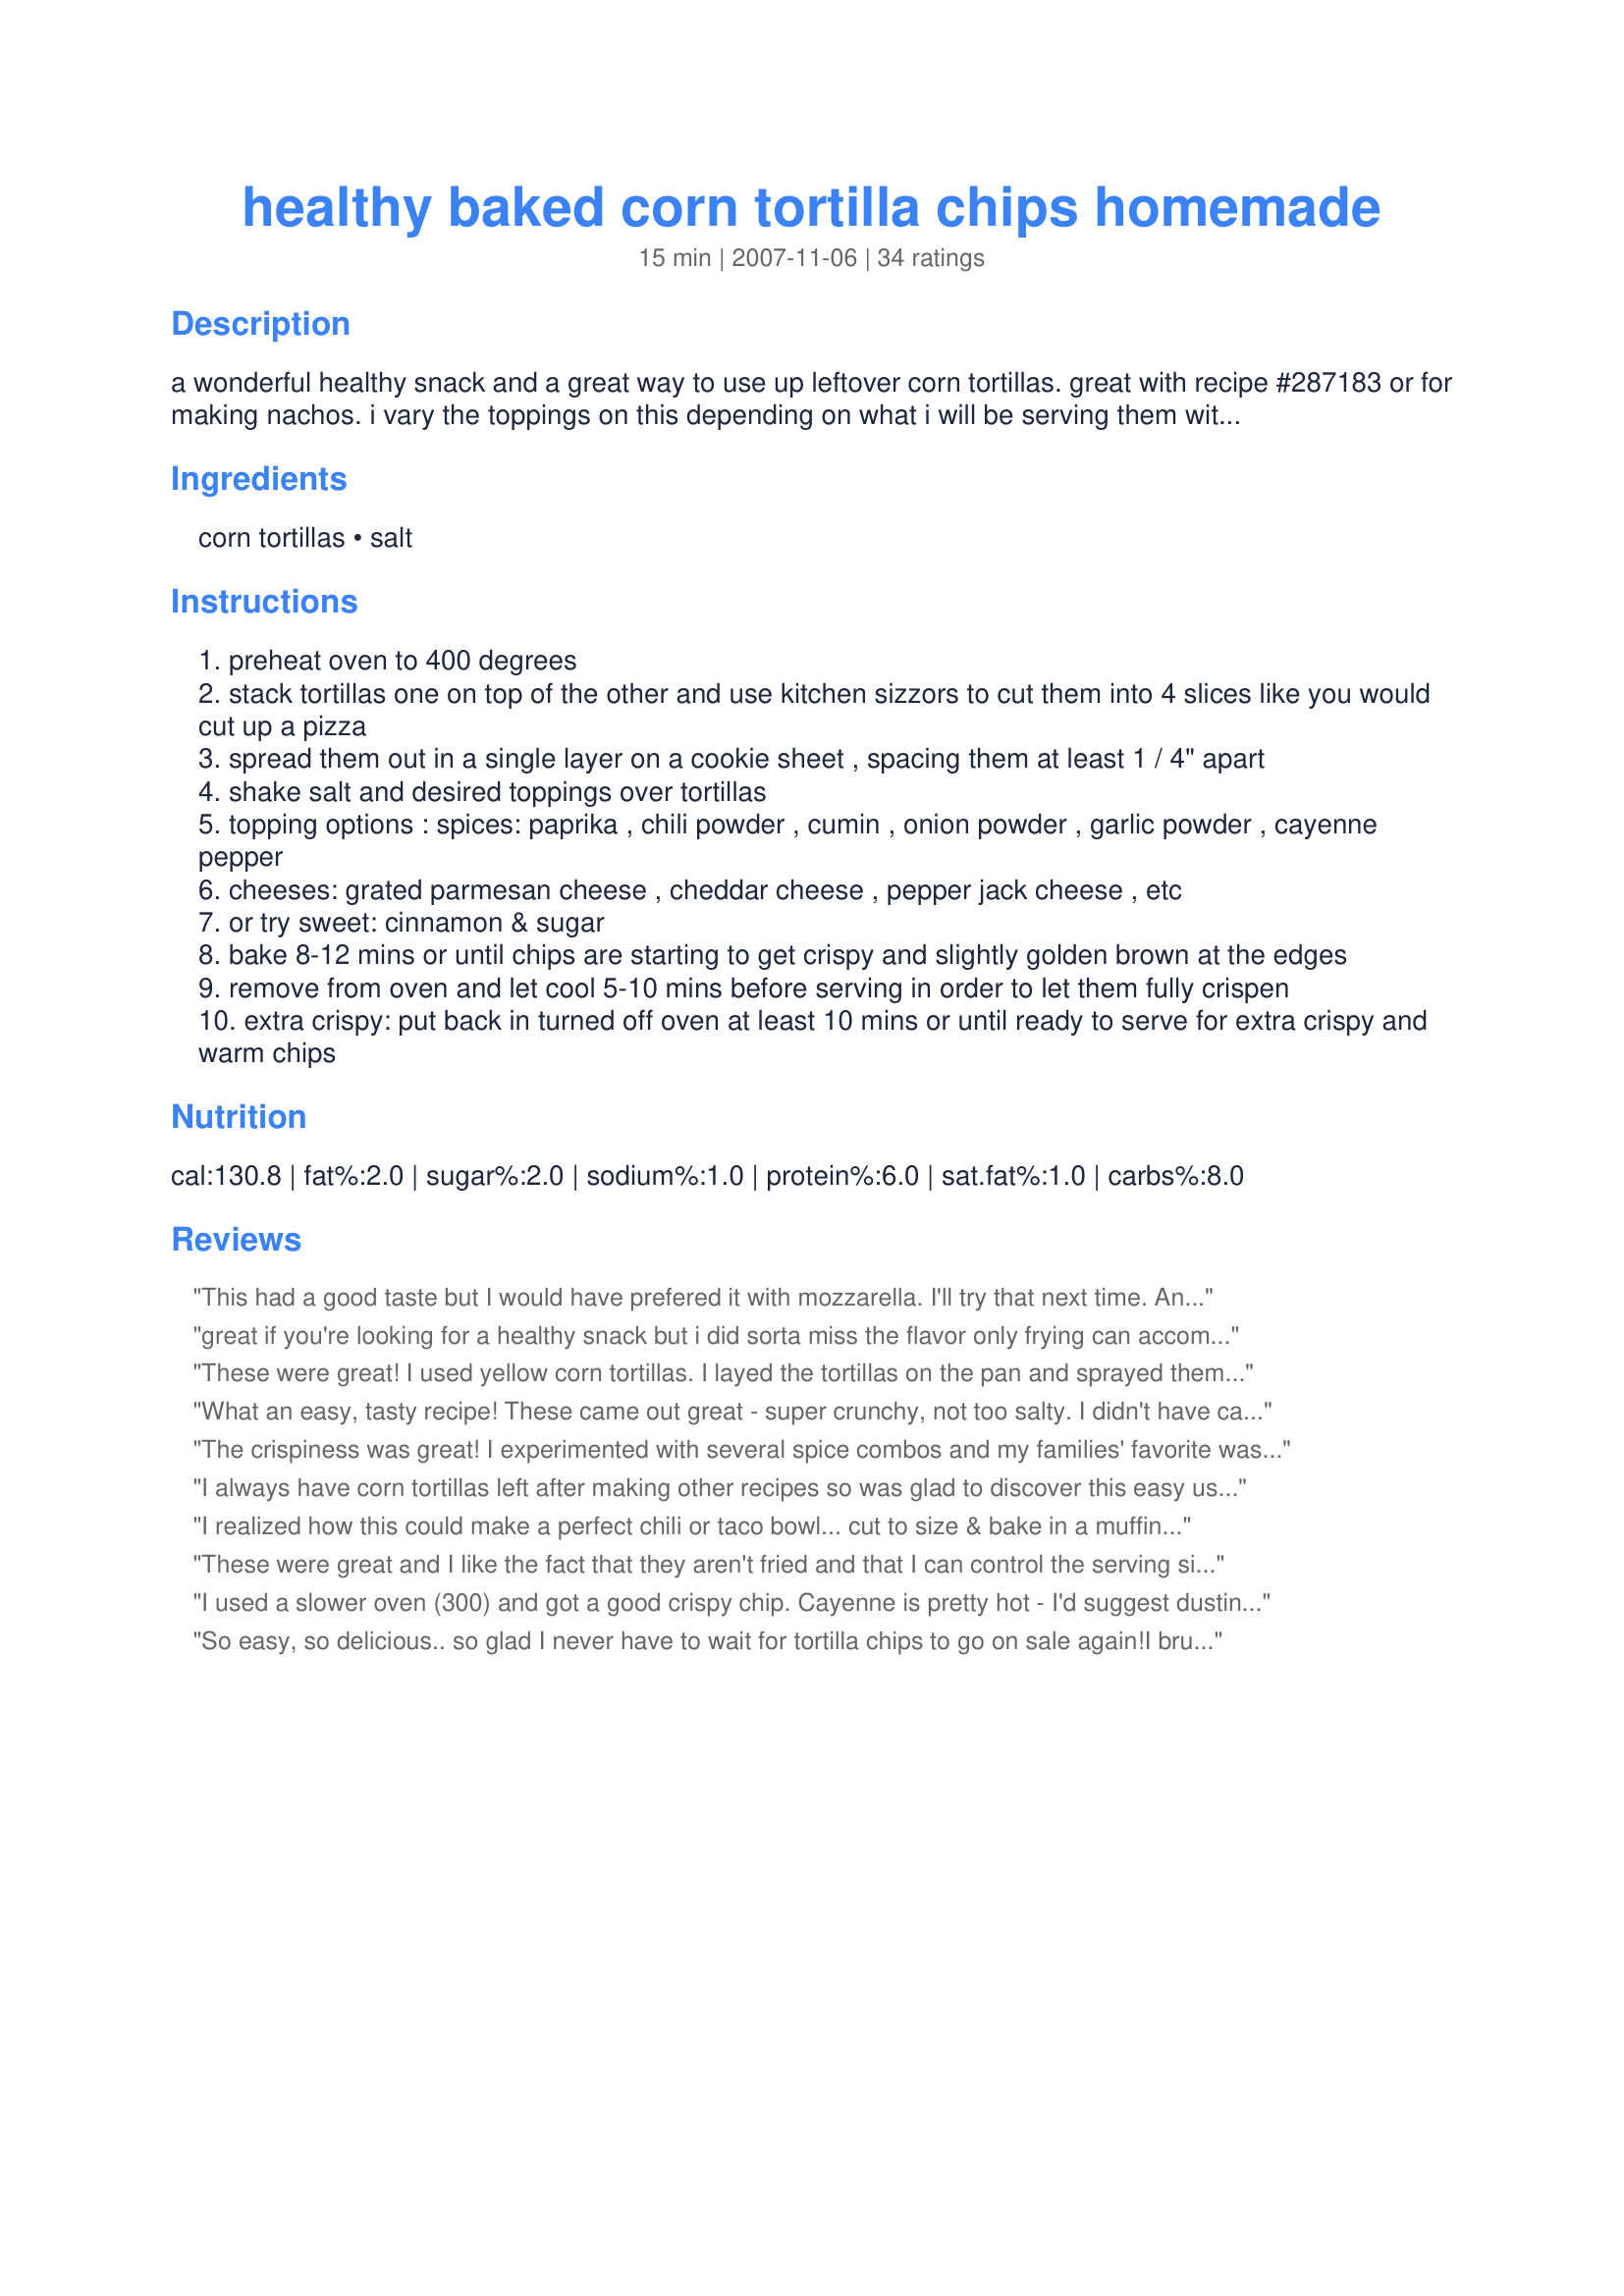
healthy baked corn tortilla chips homemade
Preparation time: 15 minutes

a wonderful healthy snack and a great way to use up leftover corn tortillas. great with recipe #287183 or for making nachos. i vary the toppings on this depending on what i will be serving them with, but lately have just been making them plain. variation: if you need more healthy oils in your diet, brush with olive oil.

Ingredients:
corn tortillas, salt

Steps:
preheat oven to 400 degrees
stack tortillas one on top of the other and use kitchen sizzors to cut them into 4 slices like you would cut up a pizza
spread them out in a single layer on a cookie sheet , spacing them at least 1 / 4" apart
shake salt and desired toppings over tortillas
topping options : spices: paprika , chili powder , cumin , onion powder , garlic powder , cayenne pepper
cheeses: grated parmesan cheese , cheddar cheese , pepper jack cheese , etc
or try sweet: cinnamon & sugar
bake 8-12 mins or until chips are starting to get crispy and slightly golden brown at the edges
remove from oven and let cool 5-10 mins before serving in order to let them fully crispen
extra crispy: put back in turned off oven at least 10 mins or until ready to serve for extra crispy and warm chips

Reviews:
This had a good taste but I would have prefered it with mozzarella. I'll try that next time. And maybe cook them a little less longer. Cause they were too crispy. Thanks Emily. Made for the Babes of ZWT4
great if you're looking for a healthy snack but i did sorta miss the flavor only frying can accomplish. made for zwt4 zingo.
These were great! I used yellow corn tortillas. I layed the tortillas on the pan and sprayed them with Pam olive oil. Then I sprinkled cayenne pepper and parm. With my oven they baked about 8min and they came out nice and golden! I squeezed fresh lime juice and sprinkled a little more parm. YUM! Thanks for the recipe:]
What an easy, tasty recipe! These came out great - super crunchy, not too salty. I didn't have cayenne on hand so I used paprika for color. I can't wait to try them with a little cayenne and maybe some lime juice. Thank you for posting!
The crispiness was great! I experimented with several spice combos and my families' favorite was "blacked seasoning & garlic powder w/out extra salt". Thanks for the healthy alternative.
I always have corn tortillas left after making other recipes so was glad to discover this easy use for them. I did have some chips still limp and others bordering on extra crispy, but overall they tasted did well and the main thing is they tasted great. I served the chips with Recipe #272052. Made for ZWT4.
I realized how this could make a perfect chili or taco bowl... cut to size & bake in a muffin tin! (Who needs to buy those ones on t.v). This will be perfect when I take a crockpot of chili to the neighborhood Super Bowl bowl party next month. Bake up some mini shells to fill with the chili. No more buying paper bowls or Fritos to serve along side! Thanks for the idea :-)
These were great and I like the fact that they aren't fried and that I can control the serving size. Made for Healthy Choices ABC.
I used a slower oven (300) and got a good crispy chip. Cayenne is pretty hot - I'd suggest dusting (rather than sprinkling). A powdered smoked chile might give a more interesting flavor.
So easy, so delicious.. so glad I never have to wait for tortilla chips to go on sale again!<br/><br/>I brushed the tortillas with olive oil before cutting them - and sprinkled a little salt. That's it!
I just created an account to comment on this recipe. So good!! The salt sticks to the chip without oil really well. I didn&#039;t expect that. They&#039;re especially good right at the 10minute to 1 hour mark. I&#039;m not too sure how they&#039;ll do after a day. But well worth it. My oven was slow so they all needed 10-10.5 minutes to cook. I especially love spreading each chip with a bit of refried beans, cheddar, and pickled jalape&ntilde;os and eating with just a bit of sour cream. I will cook these repeatedly and probably forever :) So so simple. Thank you!!
mmm, yummy crunchy goodness...that's healthy! I made these, topped some with a garlic/paprka/salt blend, others with that and a sprinkle of cayenne, cumin, and chili powder. We had them with salad and Zesty, Gooey Chicken Breast (Low Fat, Lite? You Guess)
Recipe #33105 . Yum...DH, who is a dedicated snacker and craves crunch, loved these. Thanks for posting!
These are great! I discovered them while doing Weight Watchers and are a perfect low point, filling snack dipped in salsa. I give mine a light mist of olive oil from my Misto and then salt them with popcorn salt, which is finer than regular salt. I also bake whole tortillas and make tostadas with refried beans, lettuce, jalapenos, taco sauce and a little cheese. They are super filling and a great, low point meal.
These chips are simple, delicious and healthy!
crunchy healthy goodness! Thank you so much!
Great crunchy chips! I made two versions, one with garlic and onion powder and one with creole seasoning. Both were really good and I can't wait to try other seasoning combos.
I made these to serve along side Recipe #290034. I used the paprika so DH could eat these. Thank you for posting! I made this for *Zaar World Tour 4* 2008 the Wild Card round *South and Central America* I'm playing on the team *Tastebud Tickling Travelers* Go team go!
I brushed with oil then cut into 8ths. Baked for 9 min. Served with guacamole and chicken enchiladas.
I made these for lunch and didn't feel a bit of guilt as I indulged. I was a little heavy handed on the cayenne and wondered if it was my salsa that was hot until I remembered the cayenne. Made for ZWT 4.
I love buying those packages of like 50 corn tortillas for $1! LOL! These make great chips for the kids to munch on! Make sure and keep them in a single layer so they all cook evenly. My son actually prefers these to regular chips in bags (like doritoes). Sometimes I sprinkle on some hidden valley ranch dry mix, taco seasoning mix, etc. Thanks for sharing!
Tasty and easy! I sprinkled my plain corn chips with garlic powder and paprika! I love them!
Although I was a little heavy-handed with the cayenne, these were fabulous. Easy to make with great results. Will definitely make these again. Thanks for sharing this keeper.
oooh me and my boyfriend really enjoyed these!!! i didnt have any grated parmesan left so i used shredded! and my hand got a litttttle heavy with the cayenne so some of the chips got way spicy! but i liked it! these were awesome! they have a great taste and they got very crunchy! thanks for the great recipe! made for zwt4
Good and simple! It was a bit dry so i will add some olive oil next time. I used ready-grated parmesan, and that was way too powdery and not nice at all, so i added a bit of Gouda to make them nice and cheesy. 6 tortillas was way too much, so we're having these again tomorrow!
Made for Tastebud Tickling Travellers, ZWT4
These came out perfect and crispy! I sprinkled mine with salt, a homemade chili powder and some roasted garlic powder. Wow, they went great with http://www.food.com/recipe/caribbean-style-guacamole-504554 :)
These chips are AMAZING!!! After they were out of the oven, I put them in a bowl with avocado oil and salt, mixed them up, and BAM!! I got the best chips in the world! This is so simple and delicious, I don&#039;t think I&#039;ll ever buy chips from the store again!
Thanks for the idea! I microwave mine for about 2-2.5 minutes without added salt. They make great chips for dipping without the extra oil even without extra seasonings!
I've tried baking my own chips for years now and without much success. The key is not letting the sides touch. This results is a crispy, yummy tortilla chip. My chips were really brown at 8 minutes so next time I make these I"ll check them earlier. I'll make again. Goes well with "Wonderful Salsa" also on this site.
Healthy, tasty and oh so simple! I really like recipes that allow you to have guilty pleasures like this in a healthy way! Thanks for a great recipe! *Made for ZWT Zingo!*
We love salsa and make this recipe all the time to go with it. I lightly spray the wedges with cooking spray to make the seasoning stick to the chips. Thanks for the easy and delicious recipe.
I have made a lot of fried and a lot of baked tortilla chips in my time. I consider it the obvious choice for leftover tortillas. :) So when I say that this didn't work in my oven, know that I followed your recipe, knew what I was doing, and was really disappointed when the chips turned out rubbery and chewy. The recipe obviously worked for some people, so it may be the fault of my oven, pans, etc. One thing I can say, though, for future chefs is don't let them sit around too long after baking them. I think that was part of the problem last night.
We loved this recipe. I cut some jalapeno-flavored tortillas into chip shapes, dipped them on one side into some olive oil, then used the dipped chips to paint olive oil onto un-dipped sides. It sounds weird, but my co-worker recommended it, and it works. Then I sprinkled the chips with garlic salt and smoked paprika (go easy on the seasonings! the flavor gets strong quickly) and baked them for 8 minutes. I used my lovely non-stick cookie sheet, and the chips came out beautifully. Thank you for posting, Emily.
Perfect! I like these BETTER than store-bought chips. They were great with Recipe #312644 and I can't wait to try them with other dips later too. Thanks for sharing!
*Reviewed during ZWT4* These were quick and easy and used ingredients that I normally have on hand. I used smoked paprika sprinkled on my chips with the parmesan and salt. Great for eating with guacomole. I also made your recipe#287183 for a terrific combo. 
Photo also being posted
